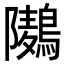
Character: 𮭏